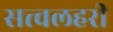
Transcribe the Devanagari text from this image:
सत्त्वलहरी